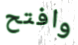
وافتح